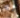
له